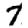
Digit: 7